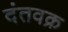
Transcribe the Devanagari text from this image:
दंतवक्र